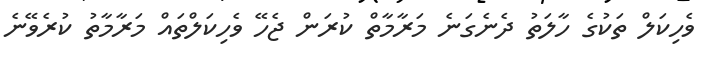
ވެހިކަލް ތަކުގެ ހާލަތު ދެނެގަނެ މަރާމާތް ކުރަން ޖެހޭ ވެހިކަލްތައް މަރާމާތު ކުރެވޭނެ